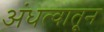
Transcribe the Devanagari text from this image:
अंधत्वातून